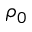
\rho _ { 0 }